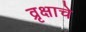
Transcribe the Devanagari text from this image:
व्रृक्षाचे